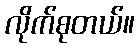
လိုက်စုတယ်။